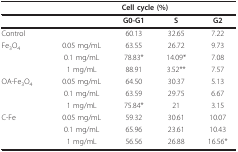
|  | <COLSPAN=4> Cell cycle (%) |
 | --- | --- | --- | --- | --- |
 |  |  | G0-G1 | S | G2 |
 | Control |  | 60.13 | 32.65 | 7.22 |
 | Fe3O4 | 0.05 mg/mL | 63.55 | 26.72 | 9.73 |
 |  | 0.1 mg/mL | 78.83* | 14.09* | 7.08 |
 |  | 1 mg/mL | 88.91 | 3.52** | 7.57 |
 | OA-Fe3O4 | 0.05 mg/mL | 64.50 | 30.37 | 5.13 |
 |  | 0.1 mg/mL | 63.59 | 29.75 | 6.67 |
 |  | 1 mg/mL | 75.84* | 21 | 3.15 |
 | C-Fe | 0.05 mg/mL | 59.32 | 30.61 | 10.07 |
 |  | 0.1 mg/mL | 65.96 | 23.61 | 10.43 |
 |  | 1 mg/mL | 56.56 | 26.88 | 16.56* |